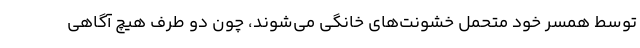
توسط همسر خود متحمل خشونت‌های خانگی می‌شوند، چون دو طرف هیچ آگاهی